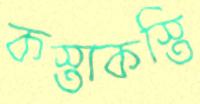
কস্তাকস্তি